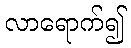
လာရောက်၍